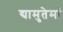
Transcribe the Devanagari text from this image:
द्यामुतेमां